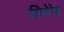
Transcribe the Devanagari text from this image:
सिनेरेस